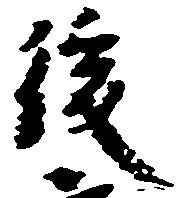
後